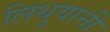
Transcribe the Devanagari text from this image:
लिथुवानी